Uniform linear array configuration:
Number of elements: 12
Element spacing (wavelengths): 1
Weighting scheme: hamming
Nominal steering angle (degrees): -30
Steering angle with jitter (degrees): -29.74
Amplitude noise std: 0.05
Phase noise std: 0.05

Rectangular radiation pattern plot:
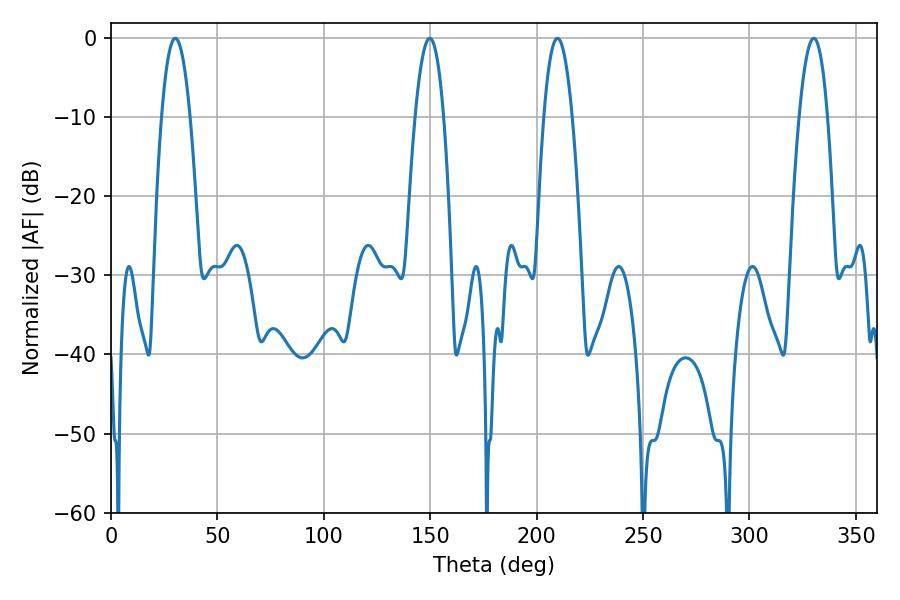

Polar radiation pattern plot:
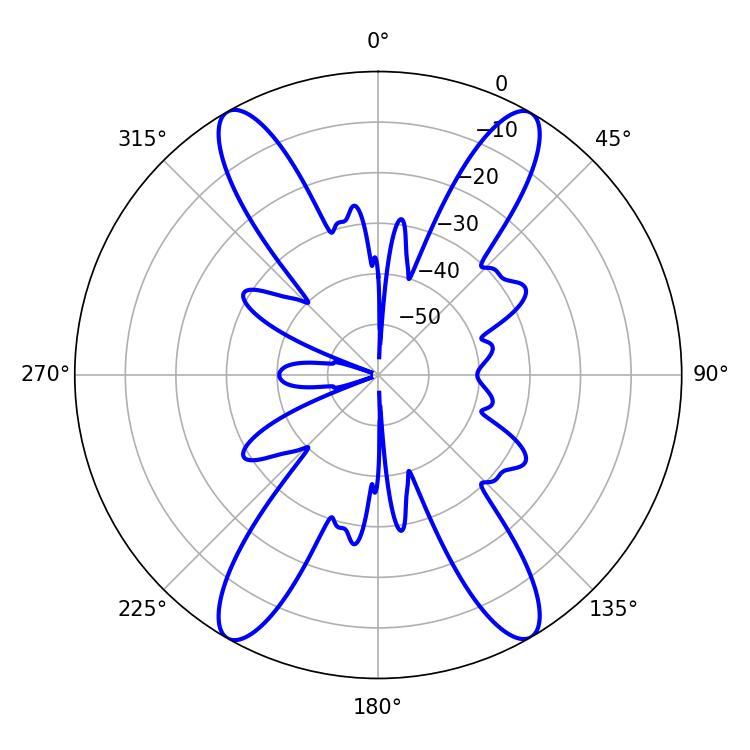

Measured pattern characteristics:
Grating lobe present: TRUE
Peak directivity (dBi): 28.219
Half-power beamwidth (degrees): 7.38
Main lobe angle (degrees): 30.24